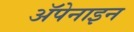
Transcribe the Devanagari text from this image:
ॲपेनाइन